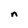
Character: n